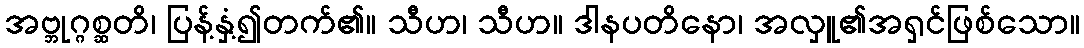
အဗ္ဘုဂ္ဂစ္ဆတိ၊ ပြန့်နှံ့၍တက်၏။ သီဟ၊ သီဟ။ ဒါနပတိနော၊ အလှူ၏အရှင်ဖြစ်သော။